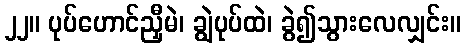
၂၂။ ပုပ်ဟောင်ညှီမဲ၊ ချွဲပုပ်ထဲ၊ ခွဲ၍သွားလေလျှင်း။